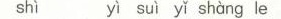
shì yì suì yǐ shàng le